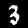
Digit: 3